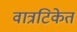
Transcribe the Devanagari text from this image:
वात्रटिकेत